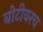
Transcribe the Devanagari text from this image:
बोटीवरच